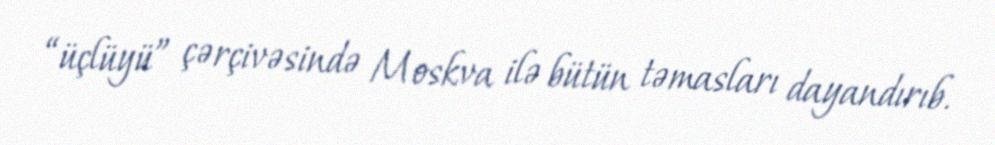
“üçlüyü” çərçivəsində Moskva ilə bütün təmasları dayandırıb.